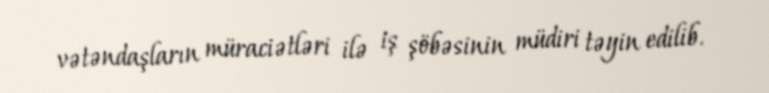
vətəndaşların müraciətləri ilə iş şöbəsinin müdiri təyin edilib.